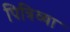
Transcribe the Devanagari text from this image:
पित्रिव्या